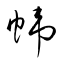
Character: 幃